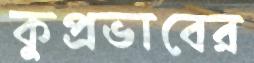
কুপ্রভাবের